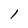
Character: l